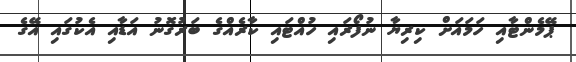
ޕޭމެންޓާއި ހަމައަށް ކިރިޔާ ނުފޯރައި ހުއްޓައި ކާރެއްގެ ބަރުގޮނު އަޑާއި އެކުގައި އޭގެ